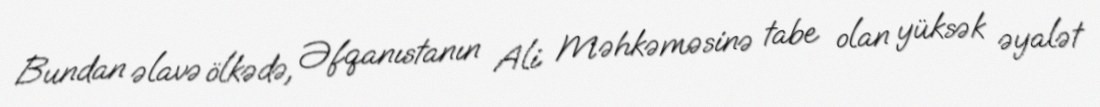
Bundan əlavə ölkədə, Əfqanıstanın Ali Məhkəməsinə tabe olan yüksək əyalət